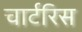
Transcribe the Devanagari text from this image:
चार्टरिस